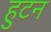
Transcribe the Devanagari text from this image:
हुटन